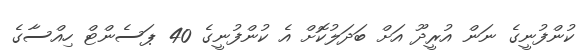
ކުންފުނީގެ ނަން އުރީދޫ އަށް ބަދަލުކޮށް އެ ކުންފުނީގެ 40 ޕަސެންޓް ހިއްސާގެ